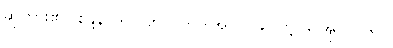
ဆိုထား၏။ စန္ဒနပုဒ်ဝိဂ္ဂဟ၊ ပါ-ပ-အုပ်-၁၉၂၊ ဋ္ဌ-ဒု-အုပ်-၁၆၀။